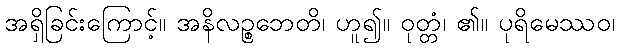
အရှိခြင်းကြောင့်။ အနိလဉ္စဘေတိ၊ ဟူ၍။ ဝုတ္တံ၊ ၏။ ပုရိမေဿဝ၊